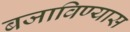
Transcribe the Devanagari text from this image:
बजाविण्यास